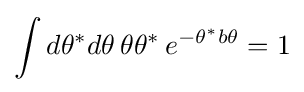
\int d\theta ^{*}d\theta \,\theta \theta ^{*}\,e^{-\theta ^{*}b\theta }=1